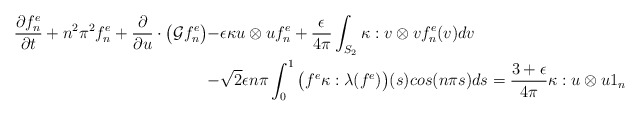
\begin{align*}\dfrac{\partial f_n^e}{\partial t}+n^2\pi^2f_n^e+\dfrac{\partial }{\partial u}\cdot\big(\mathcal{G}f_n^e\big) -&\epsilon \kappa u \otimes u f_n^e+\dfrac{\epsilon }{4\pi}\int_{S_2}\kappa:v \otimes vf_n^e(v) dv\\-&\sqrt{2}\epsilon n\pi \int_0^1 \big(f^e\kappa:\lambda(f^e)\big)(s)cos(n\pi s)ds =\dfrac{3+\epsilon }{4\pi}\kappa:u\otimes u 1_n\end{align*}